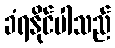
ခံရနိုင်ပါသည်